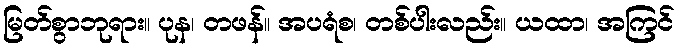
မြတ်စွာဘုရား။ ပုန၊ တဖန်။ အပရံစ၊ တစ်ပါးလည်း။ ယထာ၊ အကြင်